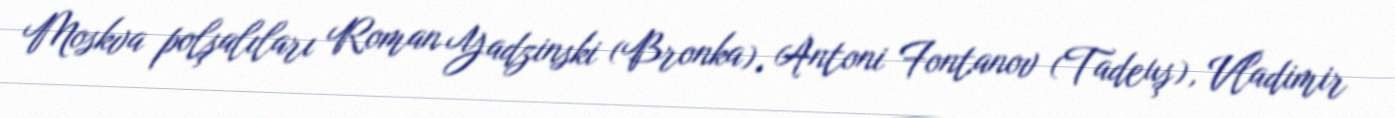
Moskva polşalıları Roman Yadzinski (Bronka), Antoni Fontanov (Tadeuş), Vladimir